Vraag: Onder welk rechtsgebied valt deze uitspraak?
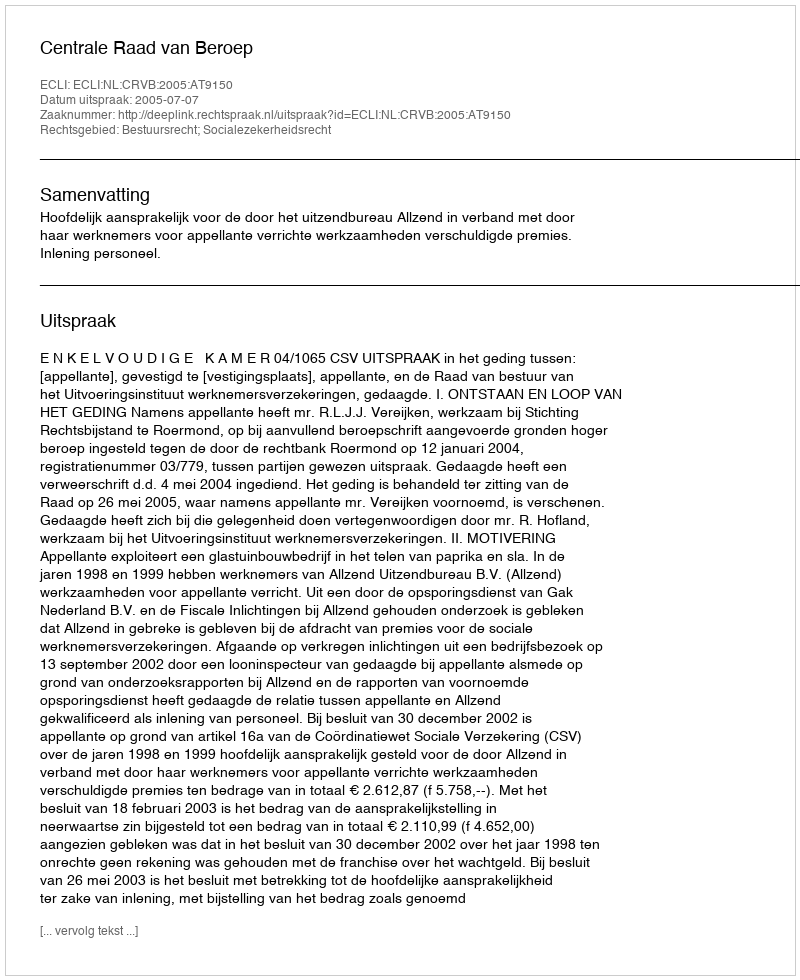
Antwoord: Bestuursrecht; Socialezekerheidsrecht